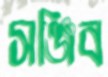
সঞ্জিব